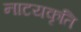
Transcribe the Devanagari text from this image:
नाटयकृति